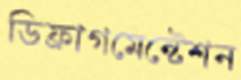
ডিফ্রাগমেন্টেশন